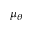
\mu _ { \theta }